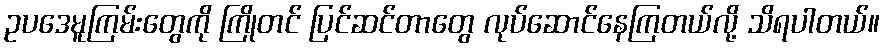
ဥပဒေမူကြမ်းတွေကို ကြိုတင် ပြင်ဆင်တာတွေ လုပ်ဆောင်နေကြတယ်လို့ သိရပါတယ်။